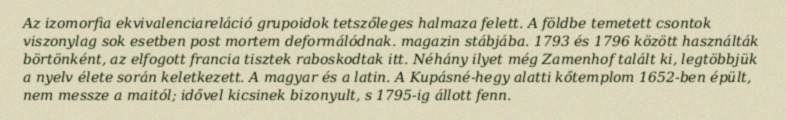
Az izomorfia ekvivalenciareláció grupoidok tetszőleges halmaza felett. A földbe temetett csontok viszonylag sok esetben post mortem deformálódnak. magazin stábjába. 1793 és 1796 között használták börtönként, az elfogott francia tisztek raboskodtak itt. Néhány ilyet még Zamenhof talált ki, legtöbbjük a nyelv élete során keletkezett. A magyar és a latin. A Kupásné-hegy alatti kőtemplom 1652-ben épült, nem messze a maitól; idővel kicsinek bizonyult, s 1795-ig állott fenn.